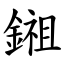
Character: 鎺